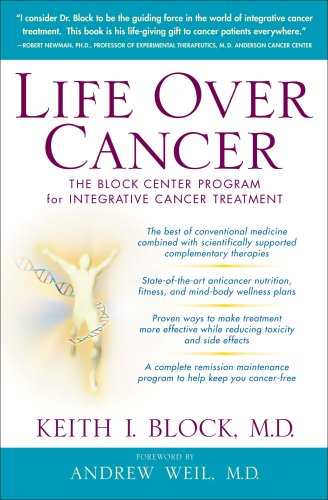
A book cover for Life Over Cancer: The Block Center Program for Integrative Cancer Treatment; Keith Block; Health, Fitness & Dieting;